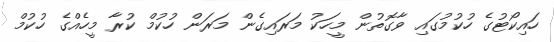
ހައިކޯޓުގެ ހުކުމުގައި ވާގޮތުން މީހަކު މަރައިގެން މަރަން ހުކުމް ކުރާ މީހެއްގެ ހުކުމް